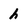
Character: h